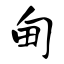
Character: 甸